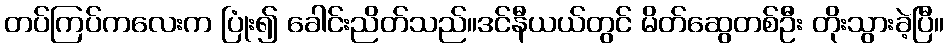
တပ်ကြပ်ကလေးက ပြုံး၍ ခေါင်းညိတ်သည်။ဒင်နီယယ်တွင် မိတ်ဆွေတစ်ဦး တိုးသွားခဲ့ပြီ။